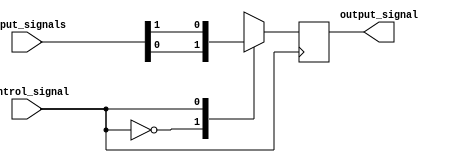
module io_buffer(
    input wire [7:0] input_signals,
    input wire control_signal,
    output reg output_signal 
);

always @ (posedge control_signal)
begin
    case(control_signal)
        0: output_signal <= input_signals[0]; 
        1: output_signal <= input_signals[1]; 
        2: output_signal <= input_signals[2]; 
        3: output_signal <= input_signals[3]; 
        4: output_signal <= input_signals[4]; 
        5: output_signal <= input_signals[5]; 
        6: output_signal <= input_signals[6]; 
        7: output_signal <= input_signals[7]; 
        default: output_signal <= 0; 
    endcase
end

endmodule